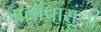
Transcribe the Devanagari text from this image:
गावांपासुंची